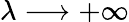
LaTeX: \lambda\longrightarrow+\infty